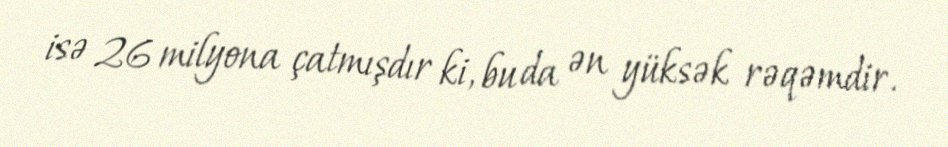
isə 26 milyona çatmışdır ki, bu da ən yüksək rəqəmdir.